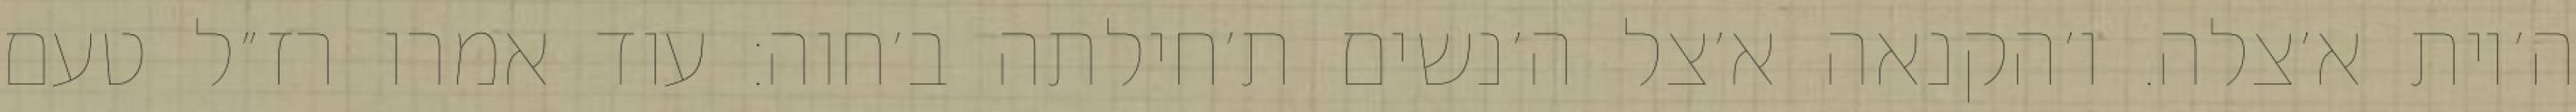
ה׳יות א׳צלה. ו׳הקנאה א׳צל ה׳נשים ת׳חילתה ב׳חוה: עוד אמרו רז״ל טעם